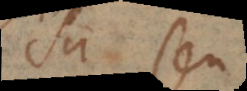
est seu